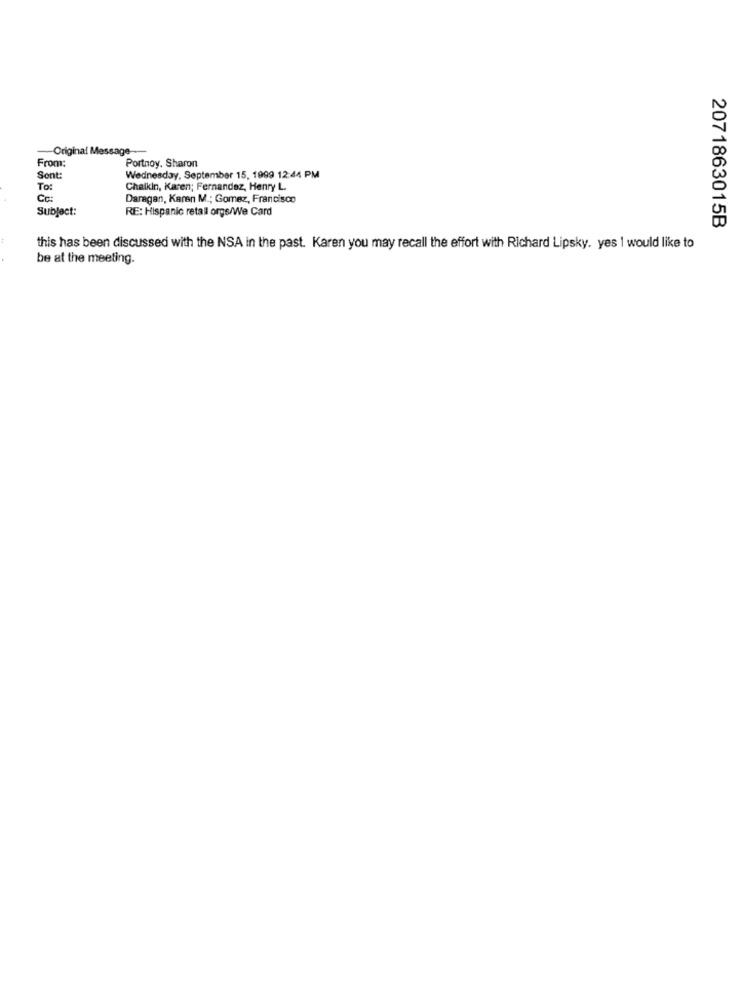
Original Message ---
From:
Portnoy, Sharon
Sont:
Wednesday, September 15, 1999 12:44 PM
To:
Chalkin, Karen; Fernandez, Henry L.
Cc:
Daragan, Karen M .; Gomez, Francisco
Subject:
RE: Hispanic retail orgs/We Card
2071863015B
this has been discussed with the NSA in the past. Karen you may recall the effort with Richard Lipsky. yes 1 would like to
be at the meeting.